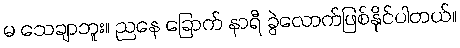
မ သေချာဘူး။ ညနေ ခြောက် နာရီ ခွဲလောက်ဖြစ်နိုင်ပါတယ်။